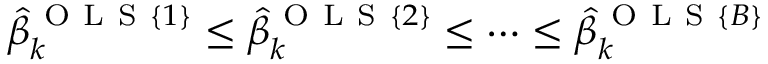
{ \hat { \beta } _ { k } ^ { \mathrm { ~ O ~ L ~ S ~ } \{ 1 \} } \leq \hat { \beta } _ { k } ^ { \mathrm { ~ O ~ L ~ S ~ } \{ 2 \} } \leq \dots \leq \hat { \beta } _ { k } ^ { \mathrm { ~ O ~ L ~ S ~ } \{ B \} } }